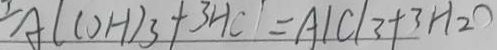
A l ( O H ) _ { 3 } + 3 H C l = A l C l _ { 3 } + 3 H _ { 2 } O